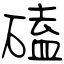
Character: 磕